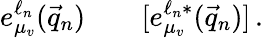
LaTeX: e_{\mu_{v}}^{\ell_{n}}(\vec{q}_{n})\qquad[e_{\mu_{v}}^{\ell_{n}*}(\vec{q}_{n})]\, .